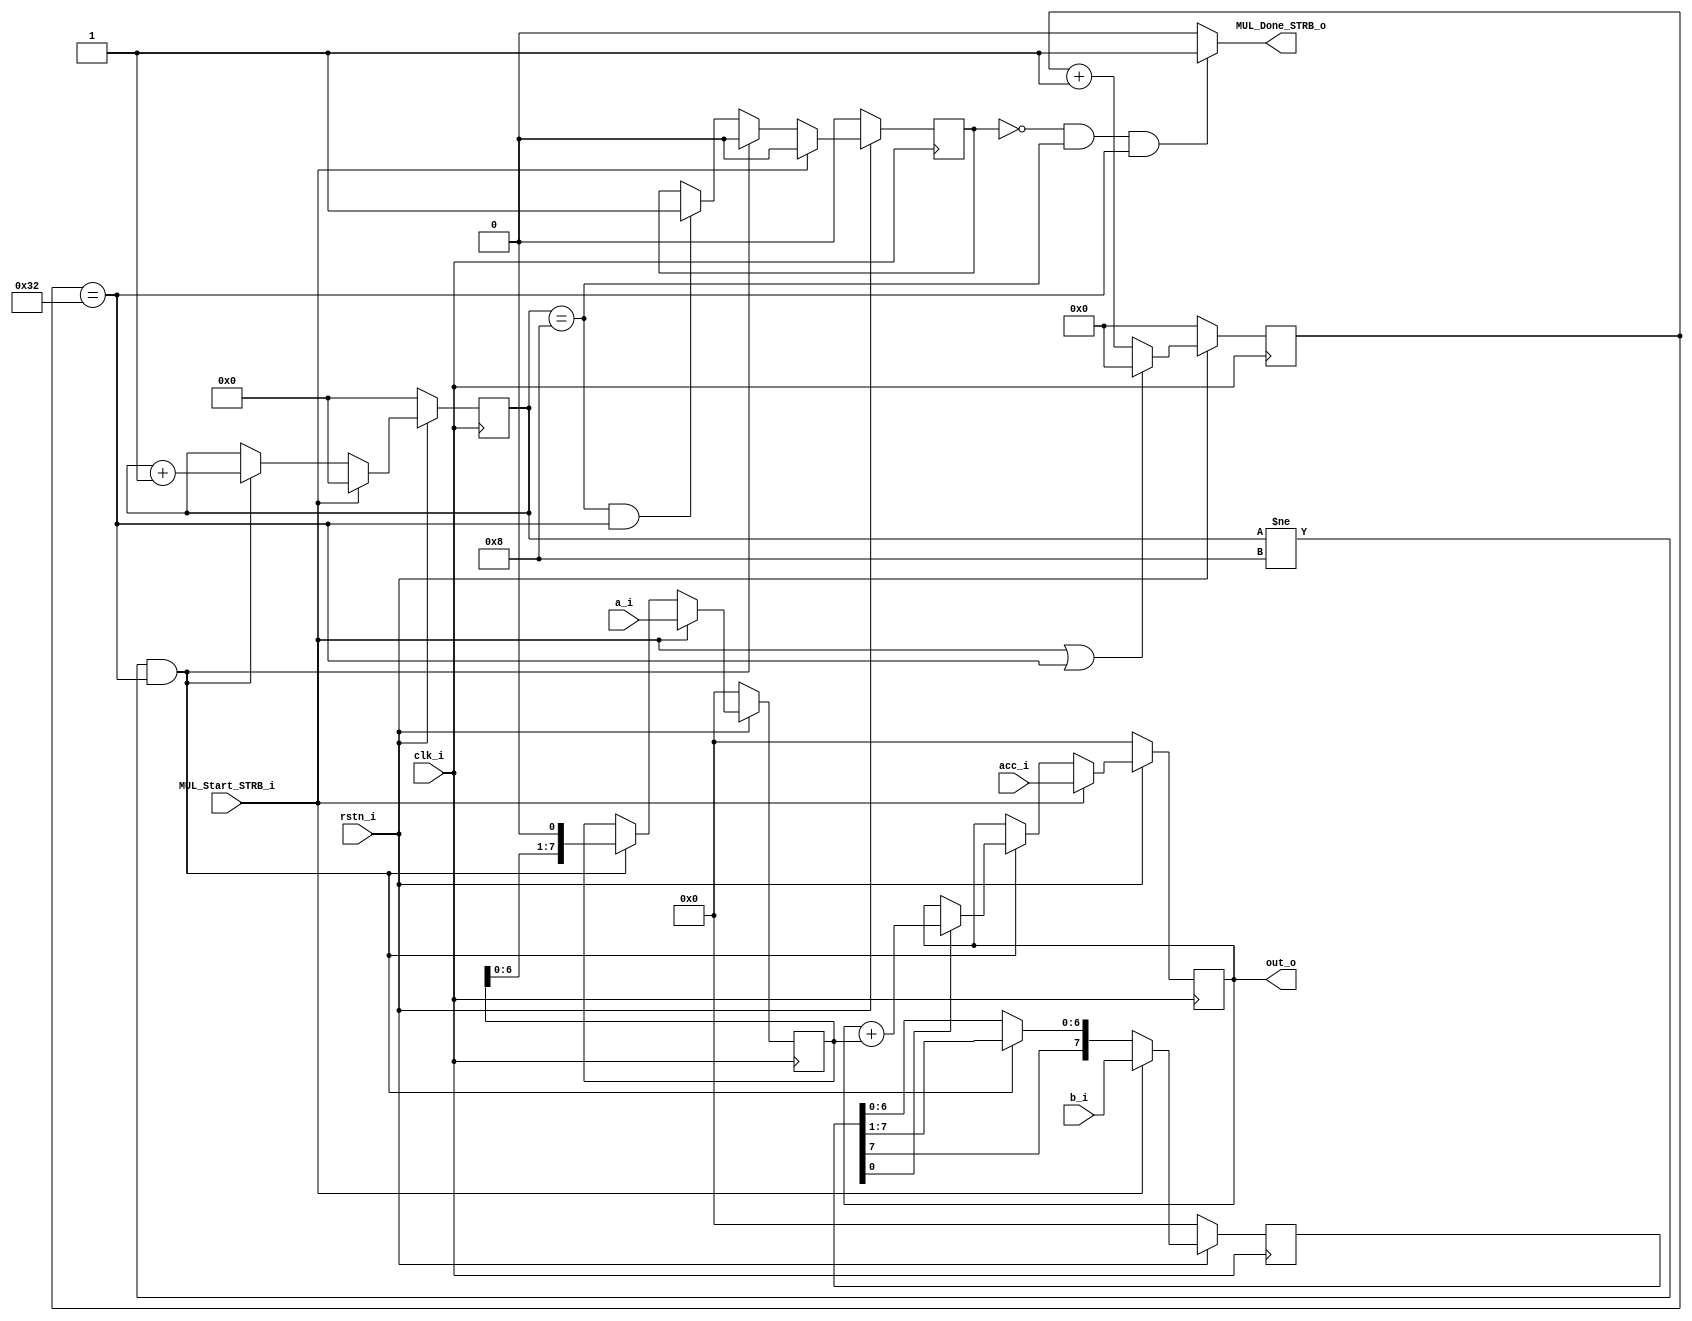
// Copyright 2023 Dominik Brandstetter
//
// Licensed under the Apache License, Version 2.0 (the "License");
// you may not use this file except in compliance with the License.
// You may obtain a copy of the License at
//
// http://www.apache.org/licenses/LICENSE2.0
//
// Unless required by applicable law or agreed to in writing, software
// distributed under the License is distributed on an "AS IS" BASIS,
// WITHOUT WARRANTIES OR CONDITIONS OF ANY KIND, either express or implied.
// See the License for the specific language governing permissions and
// limitations under the License.

module MUL_ACC #(parameter N = 4, CLK_DIV_MULTIPLIER = 50) (
        input wire clk_i,
        input wire rstn_i,
        input wire MUL_Start_STRB_i,
        output wire MUL_Done_STRB_o,
        input wire signed[(N*2)-1:0] a_i,
        input wire signed[(N*2)-1:0] b_i,
        input wire signed[(N*2)-1:0] acc_i,
        output wire signed[(N*2)-1:0] out_o
	);

//calculate Bitwidth 
localparam CLK_DIV_MULTIPLIER_BITWIDTH = log2(CLK_DIV_MULTIPLIER);
localparam COUNTER_BITWIDTH = log2(2*N+1);

reg MUL_Done_STRB_reg;
reg signed[(N*2)-1:0] out_reg;
reg signed[(N*2)-1:0] a_in_reg;
reg signed[(N*2)-1:0] b_in_reg;
reg [COUNTER_BITWIDTH-1:0] MulCounter;
reg [CLK_DIV_MULTIPLIER_BITWIDTH-1:0] clkCounterValue;

assign out_o = out_reg;
assign MUL_Done_STRB_o = (MUL_Done_STRB_reg == 0 && {{(32-COUNTER_BITWIDTH){1'b0}}, MulCounter} == (2 * N) && clkCounterValue == CLK_DIV_MULTIPLIER[CLK_DIV_MULTIPLIER_BITWIDTH-1:0])? 1'b1 : 1'b0;

// CLK-Divider
always @(posedge clk_i) begin

    if (!rstn_i) begin
        clkCounterValue  <= 0;
    end else if(MUL_Start_STRB_i || clkCounterValue == CLK_DIV_MULTIPLIER[CLK_DIV_MULTIPLIER_BITWIDTH-1:0]) begin
        clkCounterValue <= 0;
    end else begin
       clkCounterValue <= clkCounterValue + 1;
    end
end

// Strobe gen 
always @(posedge clk_i) begin

    if (!rstn_i) begin
        MulCounter  <= 0;
        MUL_Done_STRB_reg <= 0;
    end else if(MUL_Start_STRB_i) begin
        MulCounter  <= 0;
        MUL_Done_STRB_reg <= 0;
    end else if({{(32-COUNTER_BITWIDTH){1'b0}}, MulCounter} != (2 * N) && clkCounterValue == CLK_DIV_MULTIPLIER[CLK_DIV_MULTIPLIER_BITWIDTH-1:0]) begin
        MulCounter <= MulCounter + 1;
        MUL_Done_STRB_reg <= 0;
    end else if({{(32-COUNTER_BITWIDTH){1'b0}}, MulCounter} == (2 * N) && clkCounterValue == CLK_DIV_MULTIPLIER[CLK_DIV_MULTIPLIER_BITWIDTH-1:0]) begin
        MUL_Done_STRB_reg <= 1;
    end 
end

//COMB multiply / accumulate
always @(posedge clk_i) begin

    if (!rstn_i) begin
        out_reg  <= 0;
        a_in_reg <= 0;
		b_in_reg <= 0;
    end else if(MUL_Start_STRB_i) begin
        out_reg  <= acc_i;
        a_in_reg <= a_i;
        b_in_reg <= b_i;

    //multiply / accumulate and shift
    end else if({{(32-COUNTER_BITWIDTH){1'b0}}, MulCounter} != (2 * N) && clkCounterValue == CLK_DIV_MULTIPLIER[CLK_DIV_MULTIPLIER_BITWIDTH-1:0]) begin
        if(b_in_reg[0]==1) begin
        out_reg <= out_reg + a_in_reg;
        end	
        a_in_reg <= a_in_reg <<< 1;
	    b_in_reg <= b_in_reg >>> 1;
    end
end

function integer log2;
   input [31:0] value;
   integer 	i;
   begin
      log2 = 0;
      for(i = 0; 2**i < value; i = i + 1)
	    log2 = i + 1;
   end
endfunction

endmodule